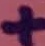
Text: +